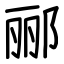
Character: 郦